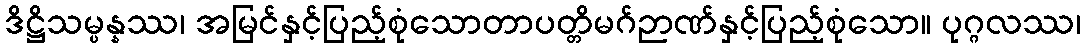
ဒိဋ္ဌိသမ္ပန္နဿ၊ အမြင်နှင့်ပြည့်စုံသောတာပတ္တိမဂ်ဉာဏ်နှင့်ပြည့်စုံသော။ ပုဂ္ဂလဿ၊